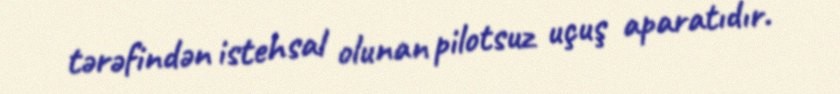
tərəfindən istehsal olunan pilotsuz uçuş aparatıdır.